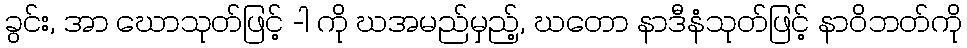
ခွင်း, အာ ဃောသုတ်ဖြင့် -ါ ကို ဃအမည်မှည့်, ဃတော နာဒီနံသုတ်ဖြင့် နာဝိဘတ်ကို